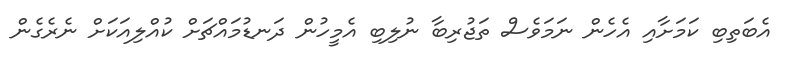
އެބަތިބި ކަމަށާއި އެހެން ނަމަވެސް ތަޖުރިބާ ނުލިބި އެމީހުން ދަނޑުމައްޗަށް ކުއްލިއަކަށް ނެރެގެން